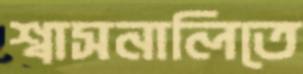
শ্বাসনালিতে